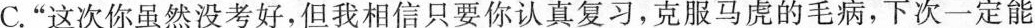
C.”这次你虽然没考好，但我相信只要你认真复习，克服马虎的毛病，下次一定能